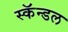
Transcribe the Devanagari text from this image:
स्कॅन्डल